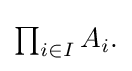
{\textstyle \prod _{i\in I}A_{i}.}